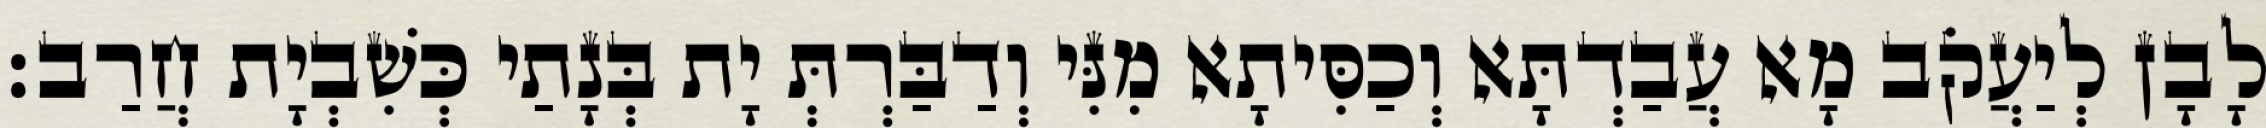
לָבָן לְיַעֲקֹב מָא עֲבַדְתָּא וְכַסִּיתָא מִנִּי וְדַבַּרְתְּ יָת בְּנָתַי כְּשִׁבְיָת חֲרַב׃